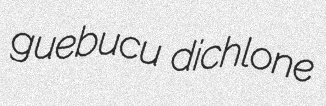
guebucu dichlone